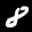
Label: 8